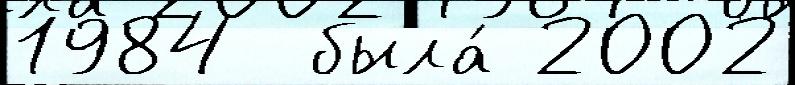
1984  была́ 2002